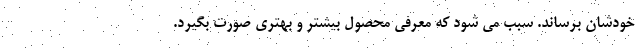
خودشان برساند. سبب می شود که معرفی محصول بیشتر و بهتری صورت بگیرد.